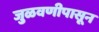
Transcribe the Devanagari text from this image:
जुळवणीपासून